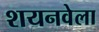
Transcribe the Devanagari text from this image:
शयनवेला